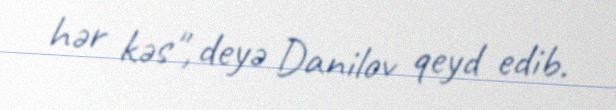
hər kəs", deyə Danilov qeyd edib.